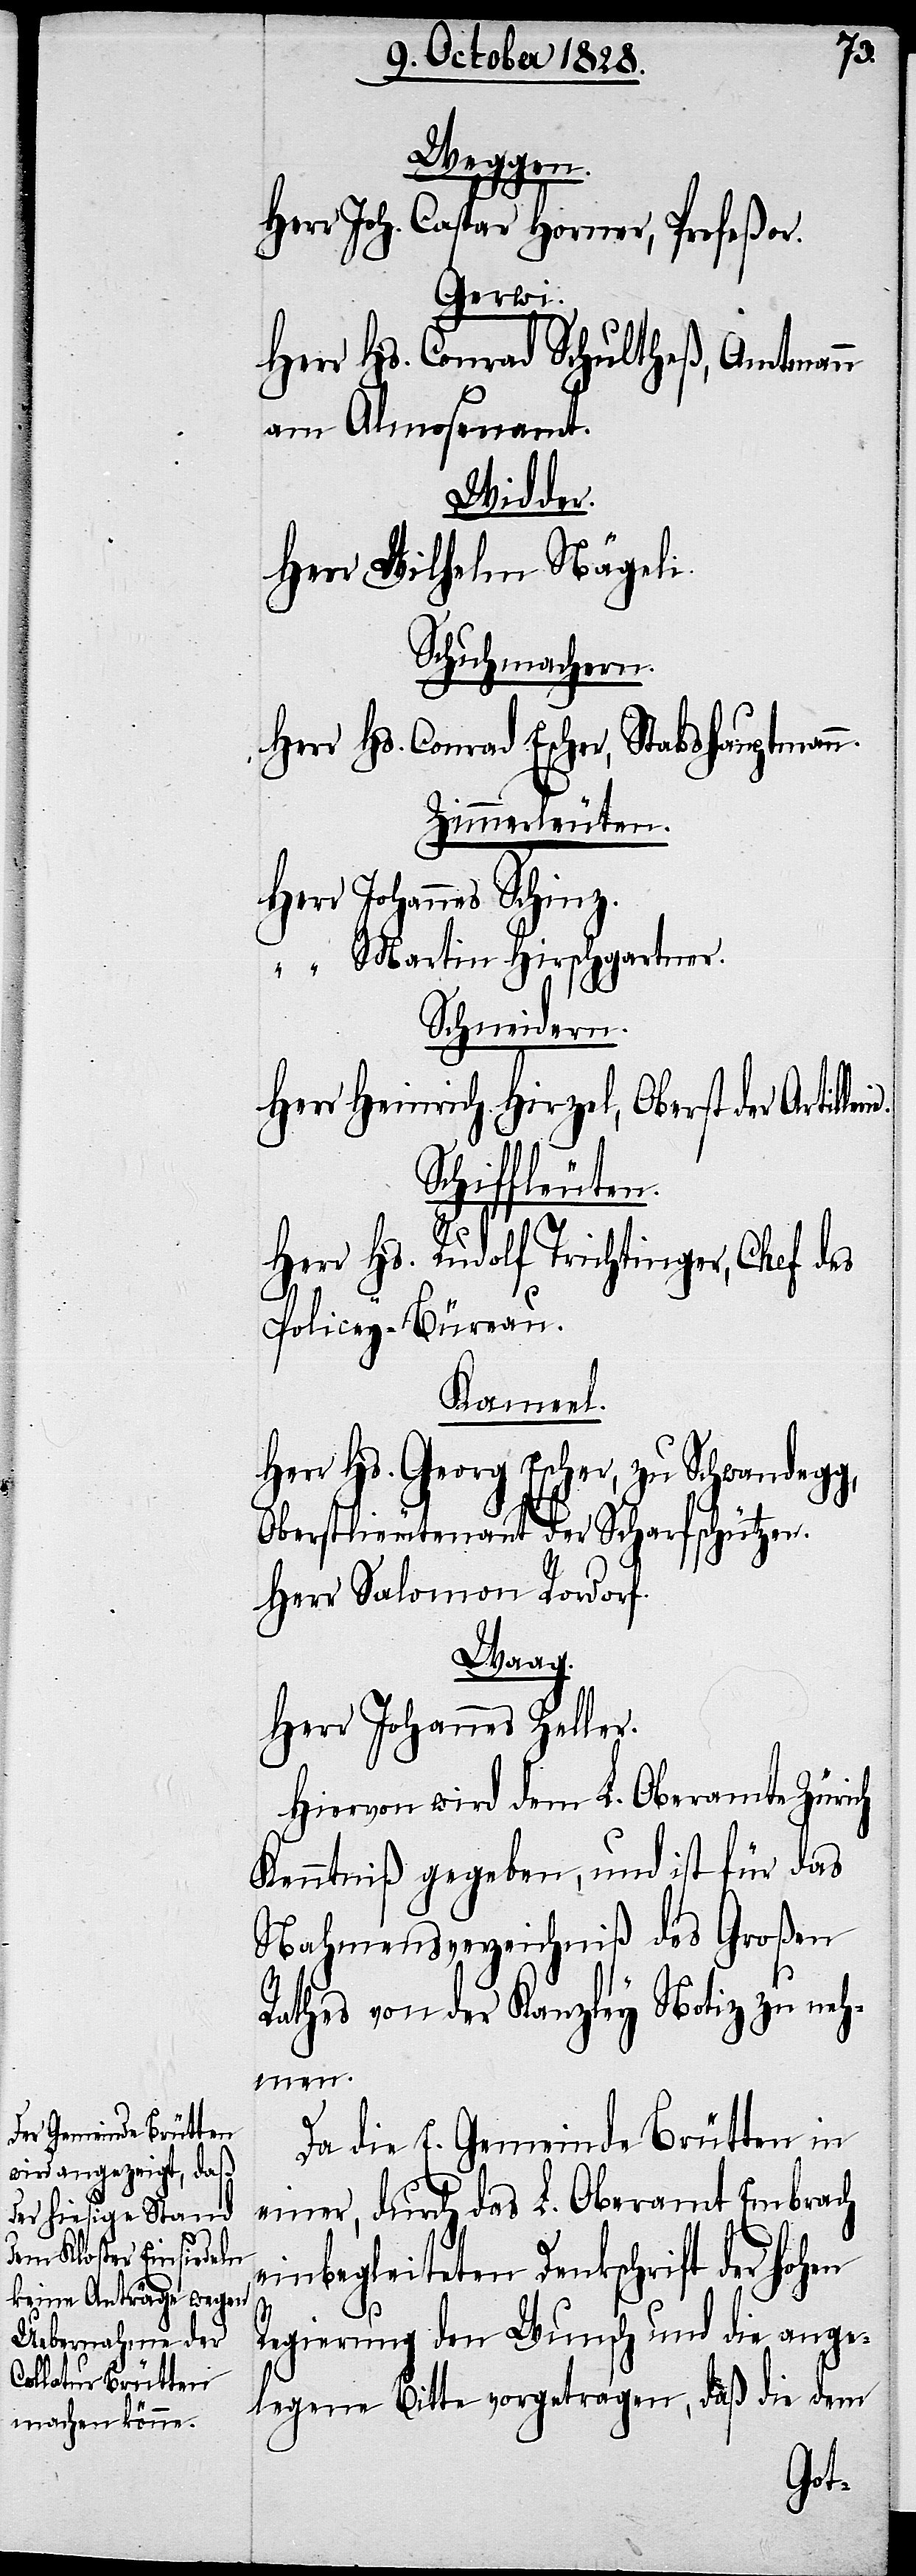
Weggen.
Herr Joh. Caspar Horner, Profeßor.
Gerwi.
Herr Hs. Conrad Schultheß, Amtmann
am Almosenamt.
Widder.
Herr Wilhelm Nägeli.
Schuhmachern.
Herr. Hs. Conrad Escher, Stabshauptmann.
Zimmerleuten
Johannes Schinz
Martin Hirschgartner.
Schneidern.
Herr Heinrich Hirzel, Oberst der Artill¬
Scharfschützen.
Herr Hs. Rudolf Trichtinger, Chef des
Policey-Büreau.
Kameel.
err. Hs. Georg Escher, zu Schwandegg,
Herr Salomon Rordorf.
Waag.
Herr Johannes Zeller.
Hiervon wird dem L. Oberamte Zürich
Kenntniß gegeben, und ist für das
Nahmensverzeichniß des Großen
Rathes von der Kanzley Notiz zu mach¬
en.
Da die E. Gemeinde Brütten in
einer, durch das L. Oberamt Embrach
einbegleiteten Dankschrift der hohen
Regierung den Wunsch und die ange¬
legene Bitte vorgetragen, daß die dem

der